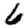
Digit: 6